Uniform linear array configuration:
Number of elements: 64
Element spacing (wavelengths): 0.5
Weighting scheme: kaiser
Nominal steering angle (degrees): -30
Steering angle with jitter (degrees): -31.578
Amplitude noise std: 0.05
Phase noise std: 0.05

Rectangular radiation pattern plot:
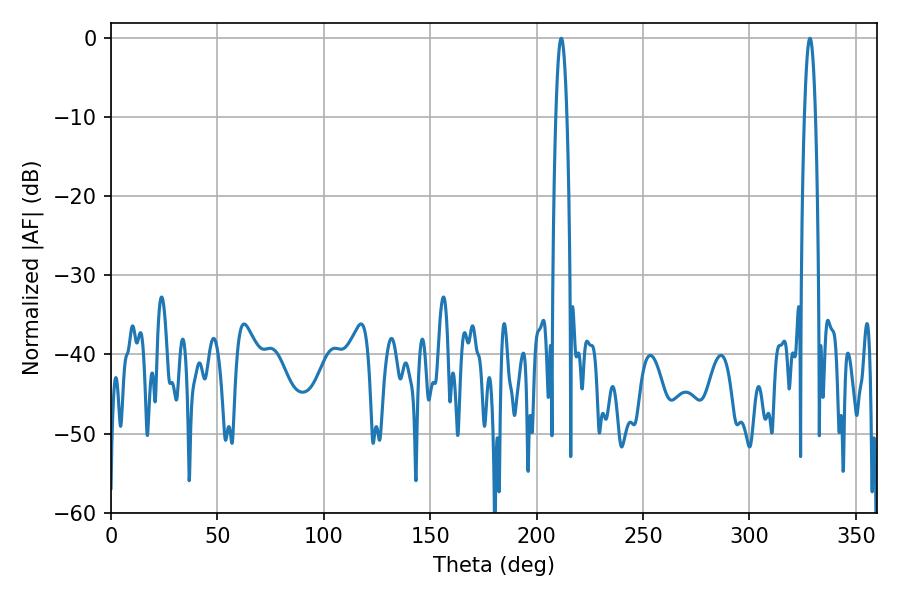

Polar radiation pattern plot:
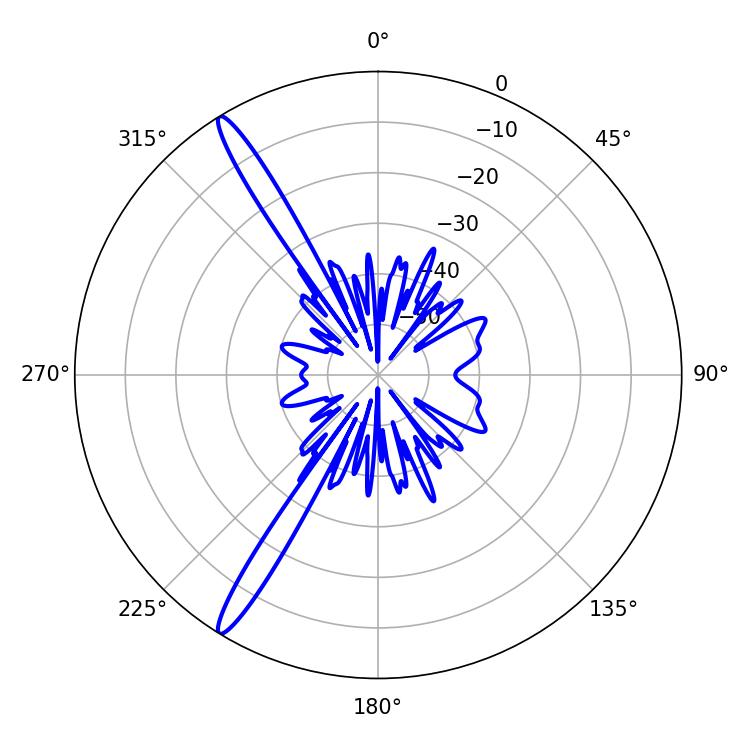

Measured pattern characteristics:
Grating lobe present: FALSE
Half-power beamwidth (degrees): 2.7
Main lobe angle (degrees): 211.5